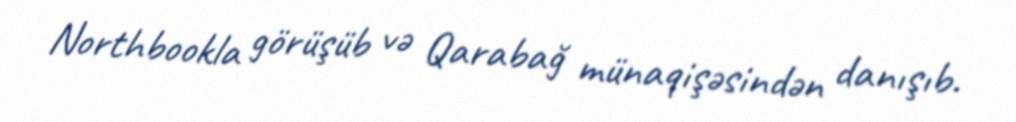
Northbookla görüşüb və Qarabağ münaqişəsindən danışıb.